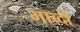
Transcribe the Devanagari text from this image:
भाब्दों